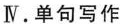
Ⅳ.单句写作